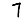
Digit: 7